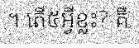
។ តើ៥អ្វីខ្លះ? គឺ